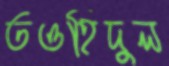
তওহিদুল